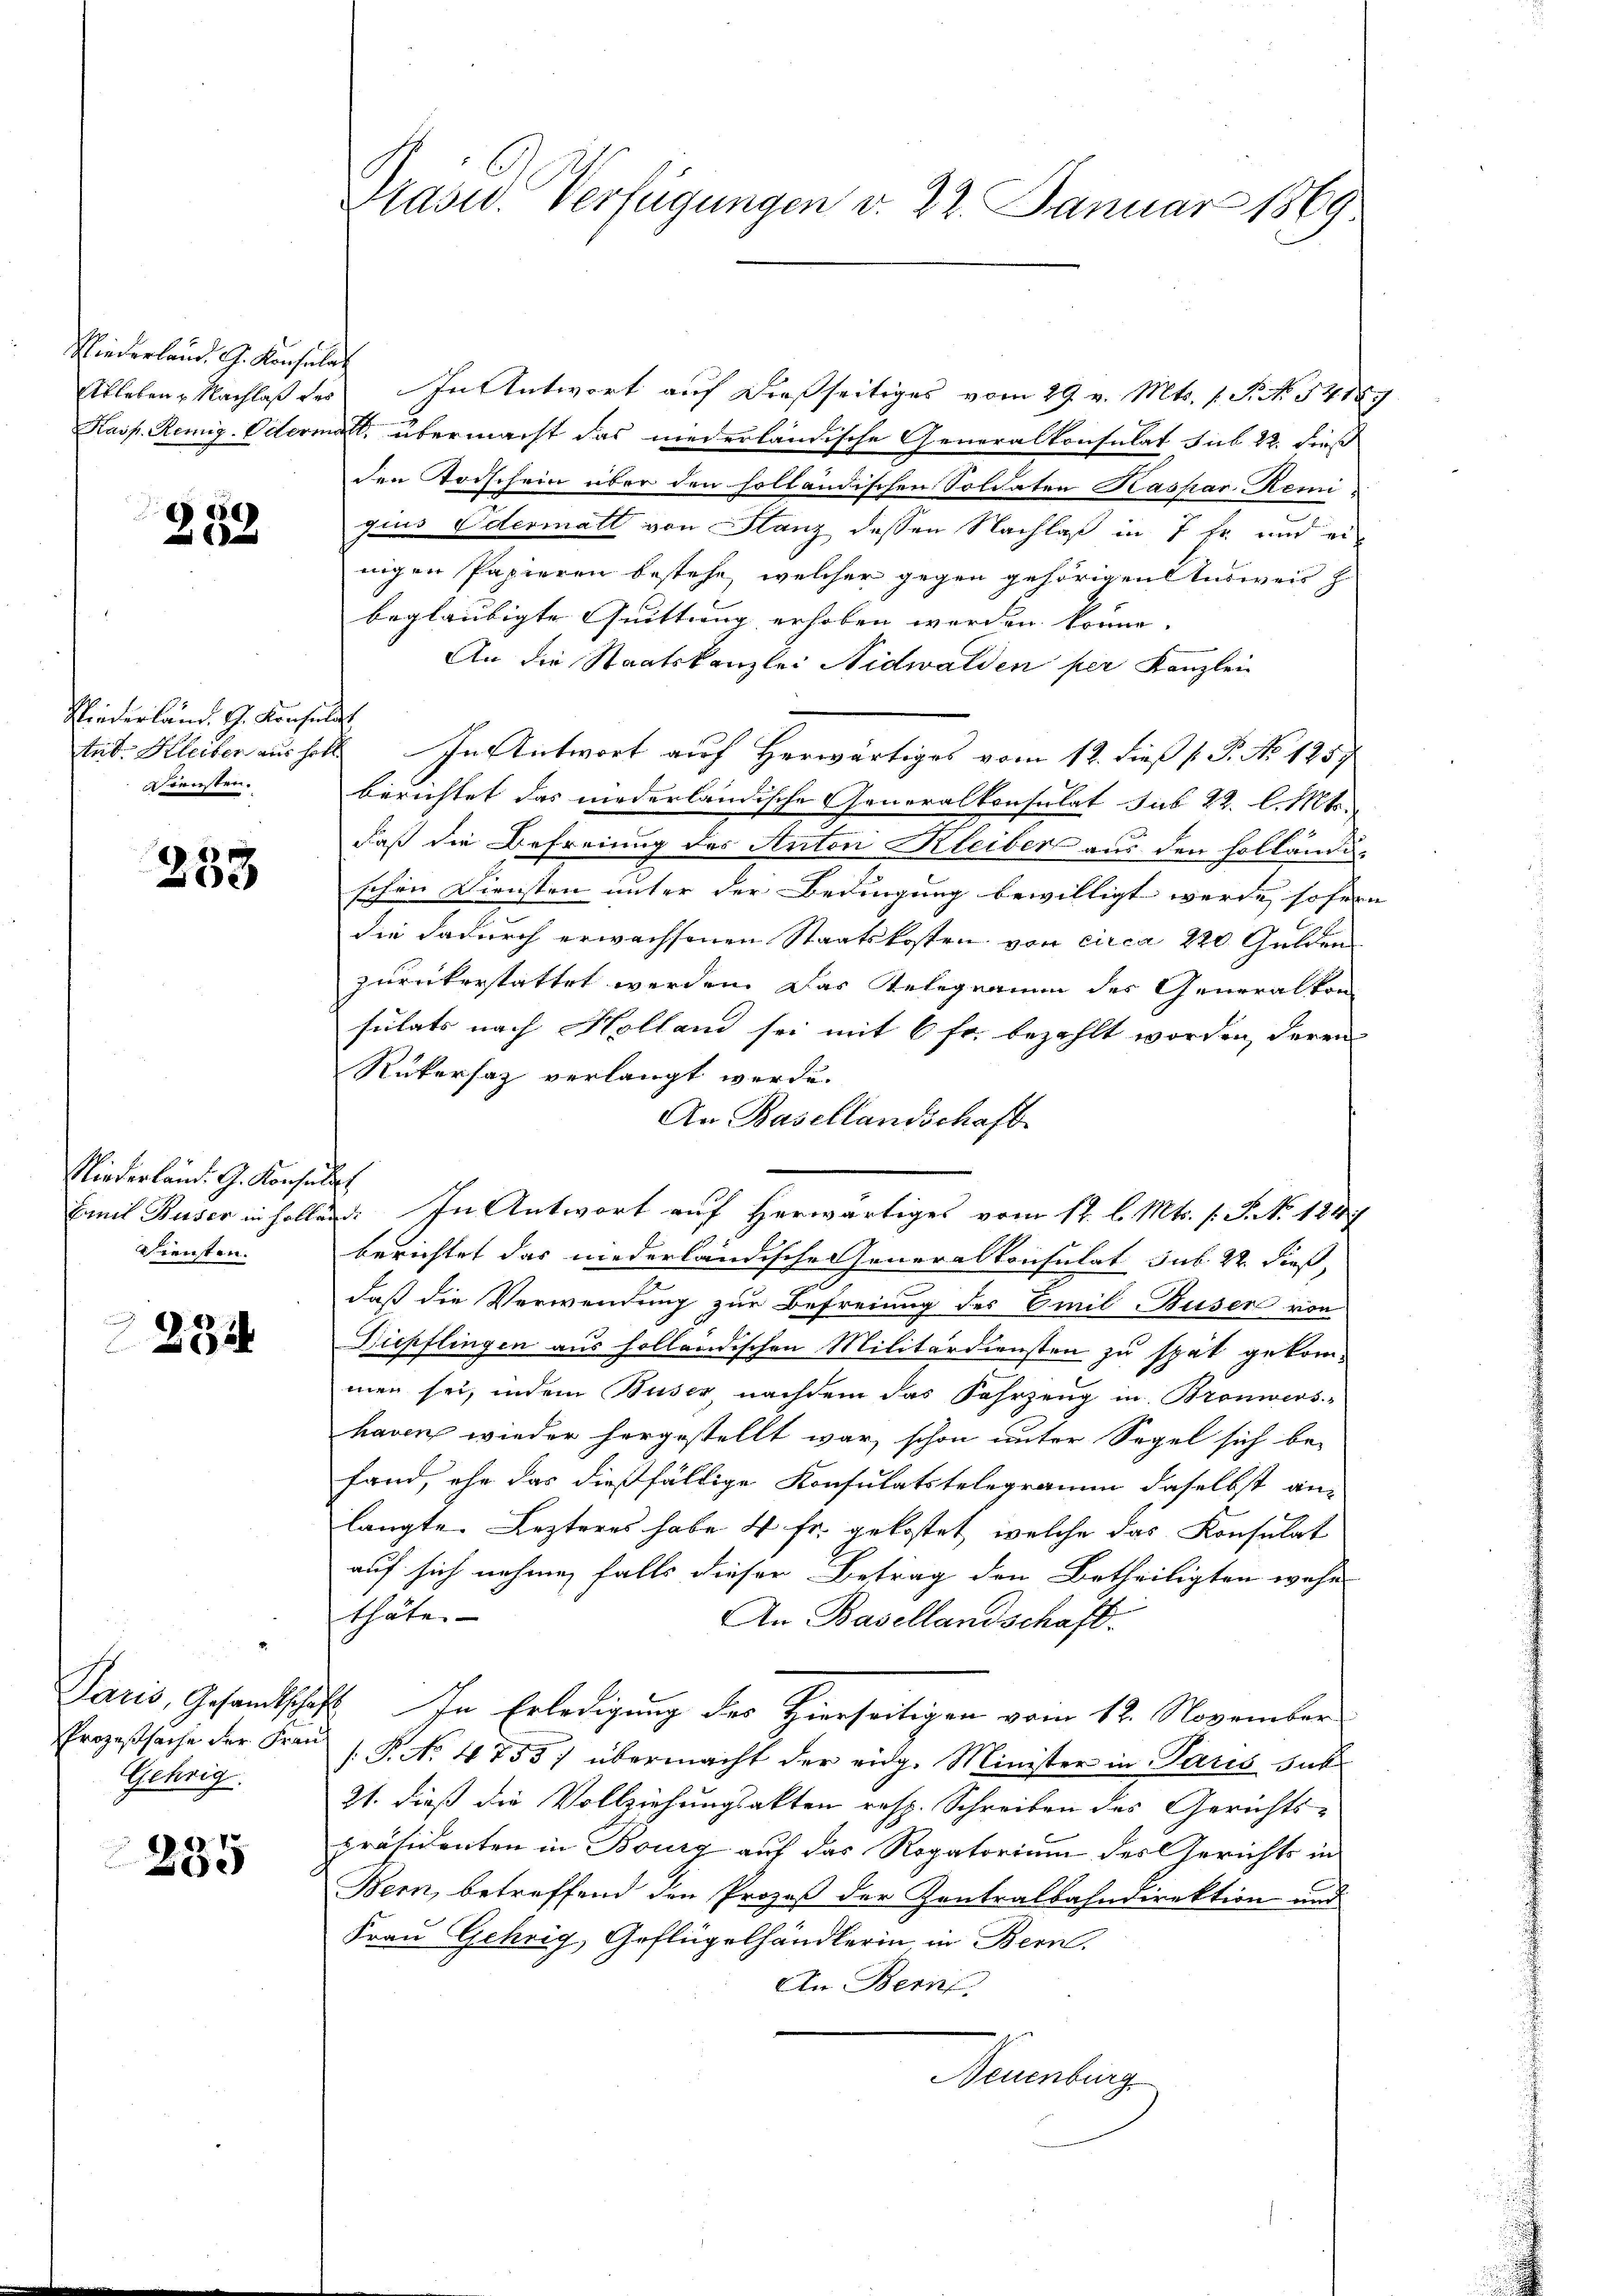
Niederland. A. Konsulat

253

Niederländ. G. Konsulat
Diensten.

253

Niederland. G. Konsult
Siensten.

a
234

Gehrig

235

Präsid. Verfügungen v. 22. Januar 1869.

Ableben. Nachlaß des In Antwort auf dießseitiges vom 29. v. Mts. 1. P. N. 54189
Kasp. Remig. Odermatt, übermacht das niederländische Generalkonsulat sub 22. dieß
den Todschein über den solländischen Soldaten Kaspar Remigius Odermatt von Glanz dessen Nachlaß in 7 fr. und einigen Papieren bestehe, welcher gegen gehörigen Ausweis h
beglaubigte Quittung erhoben worden könne.
An die Staatskanzlei Nidwalden per Kanzlei
tub: Kleiber ausholt. In Antwort auf Herwärtiges vom 12. dieß ( P. No 125.
berichtet das niederländische Generalkonsulat sub 22. l. Mts.
daß die Befreiung des Anton Kleiber aus den Holländi-
schen Diensten unter der Bedingung bewilligt werde sofern
f
die dadurch erwachsenen Staatskosten von circa 220 Gulden
zurückerstattet werden. Das Relegramm des Generalkon
sulats nach Holland sei mit 6 fr. bezahlt worden, deren
Rükersatz verlangt werde.
An Basellandschaft
Lamit Buser in sollen. In Antwort auf Herwärtiges vom 12. l. Mts. s. S. No 124.
berichtet das niederländische Generalkonsulat sub 22. dieß,
daß die Verwendung zur Befreiung des Emil Buser von
Diepflingen aus holländischen Militärdiensten zu spät gekom-
men sei, indem Buser nachdem das Fahrzeug in Bronwers-
haven wieder hergestellt war, schon unter Segel sich be-
fand, ehe das dießfällige Konsulatstelegramm daselbst an-
langte. Lezteres habe 4 fr. gekostet, welche das Konsulat
auf sich nehmen falls dieser Betrag den Betheiligten wahr
thäte- |
An Basellandschaft.
Paris, Gesandtschaft. In Erledigung der Hierseitigen vom 12. November
Prozeβsache der Frau P. No. 4755) übermacht der eidg. Minister in Paris suc
21. dieß die Vollziehungsakten resp. Schreiben des Gerichts-
präsidenten in Bourg auf das Rogatorium des Gerichts in
Bern, betreffend den Prozeß der Zentralbahndirektion und
Frau Gehrig, Geflügelhändlerin, in Bern.
An Bern
Neuenburg